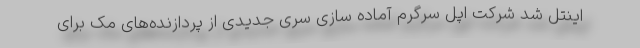
اینتل شد شرکت اپل سرگرم آماده سازی سری جدیدی از پردازنده‌های مک برای